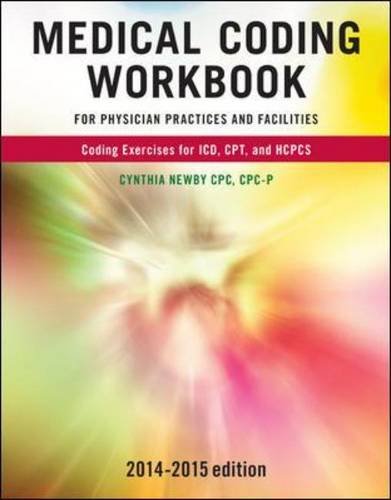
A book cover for Medical Coding Workbook for Physician Practices and Facilities 2014-2015 Edition; Cynthia Newby; Medical Books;